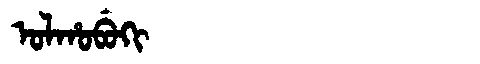
Manchu: ᠣᠯᡥᠣᠪᡠᡴᡳ
Romanization: OLHOBUKI